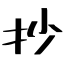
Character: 抄